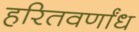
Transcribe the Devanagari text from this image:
हरितवर्णांध